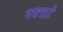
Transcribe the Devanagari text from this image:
भवत्तटे